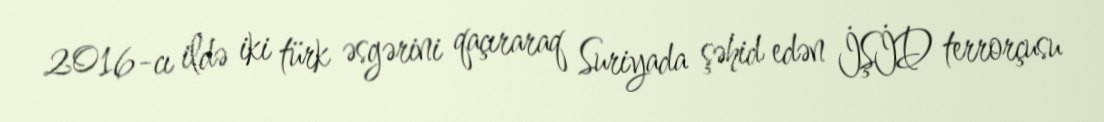
2016-cı ildə iki türk əsgərini qaçıraraq Suriyada şəhid edən İŞİD terrorçusu